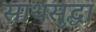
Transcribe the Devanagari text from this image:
साथसुद्धा